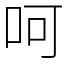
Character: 呵